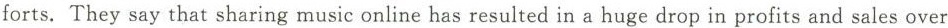
forts. They say that sharing music online has resulted in a huge drop in profits and sales over